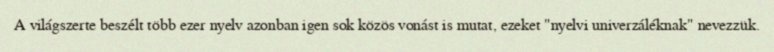
A világszerte beszélt több ezer nyelv azonban igen sok közös vonást is mutat, ezeket "nyelvi univerzáléknak" nevezzük.